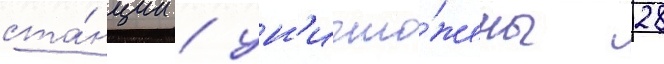
ста́нции / ун'ичто́жены 28